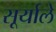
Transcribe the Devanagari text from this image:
सूर्याले